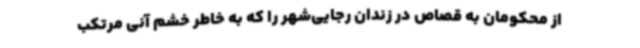
از محکومان به قصاص در زندان رجایی‌شهر را که به خاطر خشم آنی مرتکب